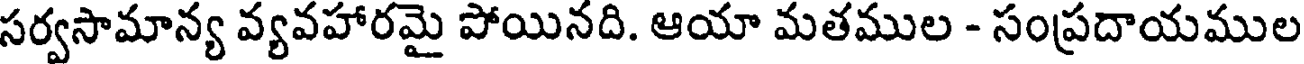
సర్వసామాన్య వ్యవహారమై పోయినది. ఆయా మతముల - సంప్రదాయముల